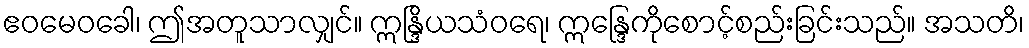
ဧဝမေဝခေါ၊ ဤအတူသာလျှင်။ ဣန္ဒြိယသံဝရေ၊ ဣန္ဒြေကိုစောင့်စည်းခြင်းသည်။ အသတိ၊